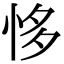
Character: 恀